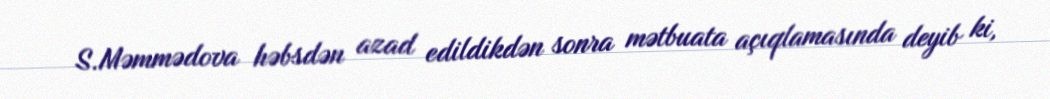
S.Məmmədova həbsdən azad edildikdən sonra mətbuata açıqlamasında deyib ki,